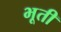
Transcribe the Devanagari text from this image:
भूती